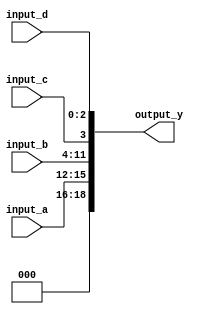
module ConcatenationContinuousAssignment (
    input wire [3:0] input_a,    // 4-bit input
    input wire [7:0] input_b,    // 8-bit input
    input wire input_c,          // 1-bit input
    input wire [2:0] input_d,    // 3-bit input
    output wire [18:0] output_y   // Output width is 4 + 8 + 1 + 3 = 16 bits
);

// Continuous assignment using concatenation
assign output_y = {input_a, input_b, input_c, input_d};

endmodule